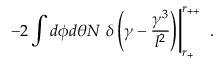
\left. - 2 \int d \phi d \theta N \ \delta \left( \gamma - \frac { \gamma ^ { 3 } } { l ^ { 2 } } \right) \right| _ { r _ { + } } ^ { r _ { + + } } \ .